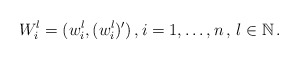
\begin{align*}W_i^l=(w_i^l,(w_i^{l})^{\prime})\,, i=1, \ldots, n \,, \, l \in \mathbb{N} \,.\end{align*}